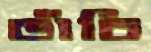
ভাঁচি